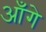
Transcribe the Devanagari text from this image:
आँगे